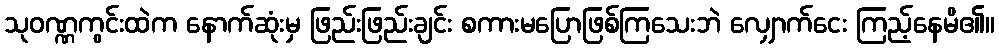
သုဝဏ္ဏကွင်းထဲက နောက်ဆုံးမှ ဖြည်းဖြည်းချင်း စကားမပြောဖြစ်ကြသေးဘဲ လျှောက်ငေး ကြည့်နေမိ၏။